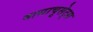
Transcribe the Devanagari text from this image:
मासाचूसेट्स